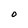
Character: O